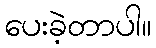
ပေးခဲ့တာပါ။